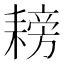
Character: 耪